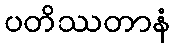
ပတိဿတာနံ